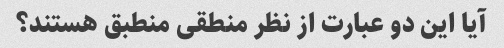
آیا این دو عبارت از نظر منطقی منطبق هستند؟